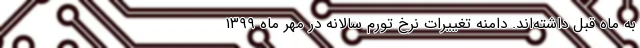
به ماه قبل داشته‌اند. دامنه تغییرات نرخ تورم سالانه در مهر ماه ١٣٩٩